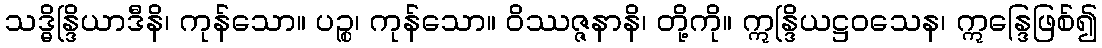
သဒ္ဓိန္ဒြိယာဒီနိ၊ ကုန်သော။ ပဉ္စ၊ ကုန်သော။ ဝိဿဇ္ဇနာနိ၊ တို့ကို။ ဣန္ဒြိယဋ္ဌဝသေန၊ ဣန္ဒြေဖြစ်၍